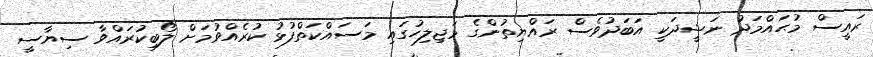
ރައީސް މުޙައްމަދު ނަޝީދަކީ އަބަދުވެސް ރައްޔިތުންގެ މަޖިލިހުގައި މަސައްކަތްފުޅު ކުރެއްވުމަށް ލޯބިކުރައްވާ ސިޔާސީ